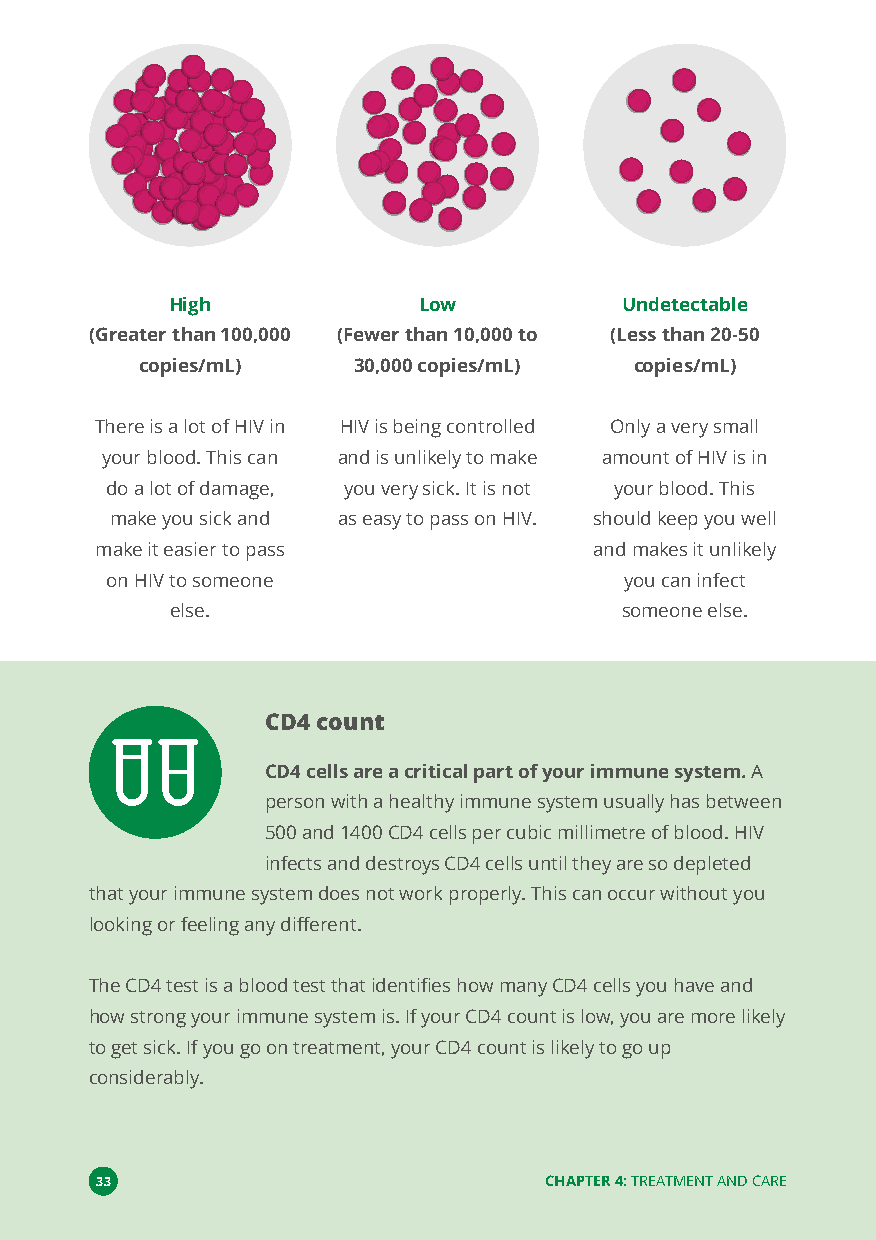
High             Low          Undetectable
 (Greater than 100,000 (Fewer than 10,000 to (Less than 20-50
 copies/mL)    30,000 copies/mL)  copies/mL)
 There is a lot of HIV in HIV is being controlled Only a very small
 your blood. This can and is unlikely to make amount of HIV is in
 do a lot of damage, you very sick. It is not your blood. This
 make you sick and as easy to pass on HIV. should keep you well
 make it easier to pass           and makes it unlikely
 on HIV to someone                 you can infect
 else.                         someone else.
 CD4 count
 CD4 cells are a critical part of your immune system.A
 person with a healthy immune system usually has between
 500 and 1400 CD4 cells per cubic millimetre of blood. HIV
 infects and destroys CD4 cells until they are so depleted
 that your immune system does not work properly. This can occur without you
 looking or feeling any different.
 The CD4 test is a blood test that identifies how many CD4 cells you have and
 how strong your immune system is. If your CD4 count is low, you are more likely
 to get sick. If you go on treatment, your CD4 count is likely to go up
 considerably.
 33                            CHAPTER 4:TREATMENT AND CARE